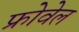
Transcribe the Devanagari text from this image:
फ्रोवेल